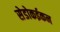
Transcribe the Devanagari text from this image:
सेडोकईकन